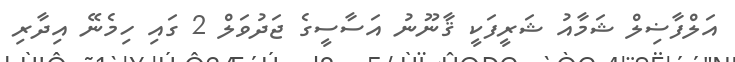
އަލްފާޟިލް ޝަމާއު ޝަރީފަކީ ޤާނޫނު އަސާސީގެ ޖަދުވަލް 2 ގައި ހިމެނޭ އިދާރި